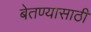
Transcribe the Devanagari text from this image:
बेतण्यासाठी